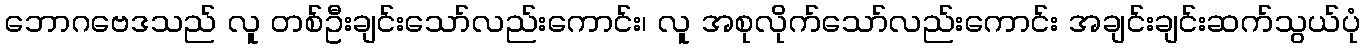
ဘောဂဗေဒသည် လူ တစ်ဦးချင်းသော်လည်းကောင်း၊ လူ အစုလိုက်သော်လည်းကောင်း အချင်းချင်းဆက်သွယ်ပုံ